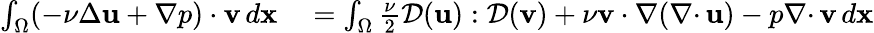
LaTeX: \begin{array}{rl}{\int_{\Omega}(-\nu\Delta{\mathbf u}+\nabla p)\cdot{\mathbf v}\, d{\mathbf x}}&{{}=\int_{\Omega}\frac{\nu}{2}{\mathcal{D}}({\mathbf u}):{\mathcal{D}}({\mathbf v})+\nu{\mathbf v}\cdot\nabla({{\nabla\cdot}\, }{\mathbf u})-p{{\nabla\cdot}\, }{\mathbf v}\, d{\mathbf x}}\end{array}